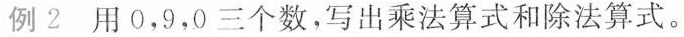
例2 用 0，9，0 三个数，写出乘法算式和除法算式 。